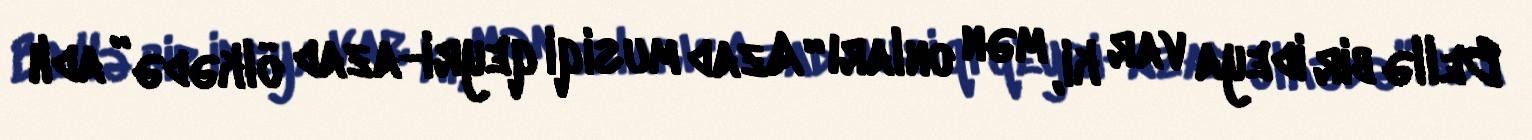
Bellə bir ideya var ki, mən onları “Azad musiqi qeyri-azad ölkədə” adlı